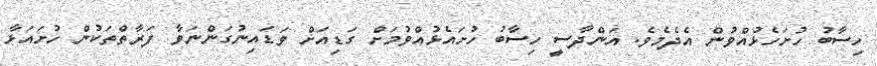
ހިސާބު ހުށަހެޅުއްވުން އެދެމެވެ. އަންދާސީ ހިސާބު ހުށައެޅުއްވުމަށް ގަޑިއަށް ވަޑައިނުގަންނަވާ ފަރާތްތަކުން ހުށައަޅާ